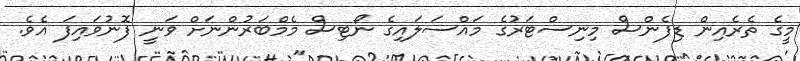
މީގެ ތެރެއިން ޑިފެންސް މިނިސްޓަރުގެ މައްސަލައިގެ ނޯޓިސް މެމްބަރުންނަށް ވަނީ ފޮނުވައިފަ އެވެ.